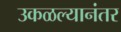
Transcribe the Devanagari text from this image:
उकळल्यानंतर